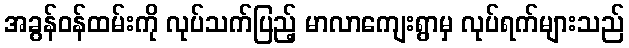
အခွန်ဝန်ထမ်းကို လုပ်သက်ပြည့် မာလာကျေးရွာမှ လုပ်ရက်များသည်